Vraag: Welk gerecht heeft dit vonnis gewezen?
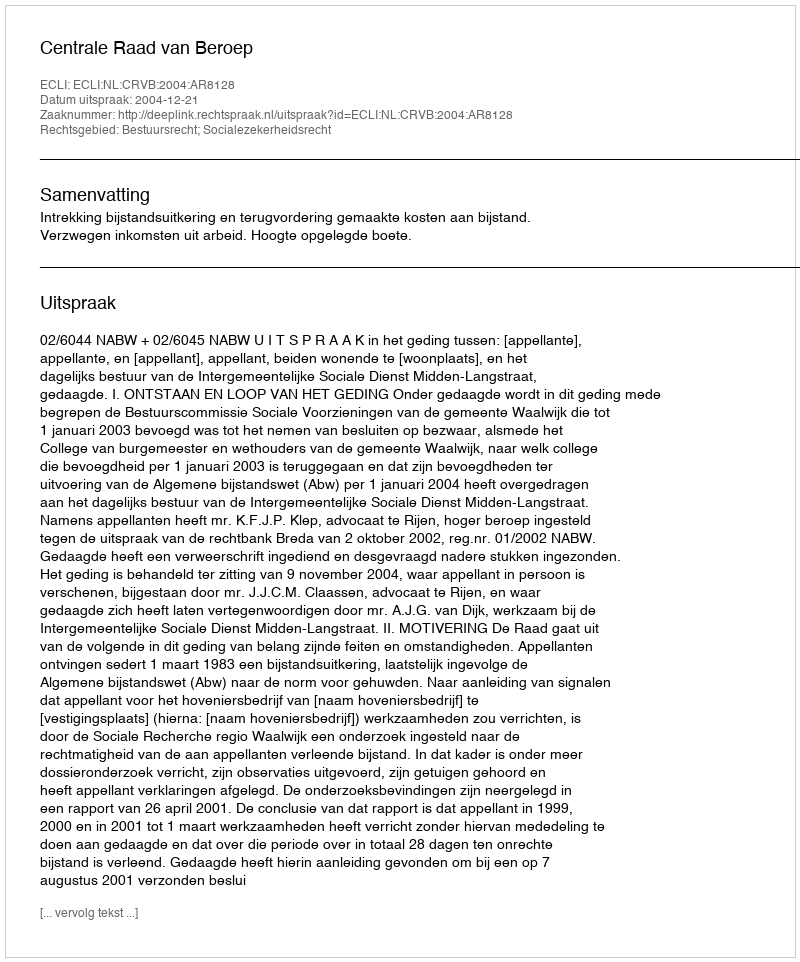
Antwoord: Centrale Raad van Beroep